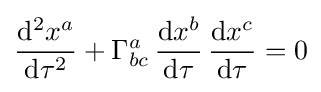
{\frac {\mathrm {d} ^{2}x^{a}}{\mathrm {d} \tau ^{2}}}+\Gamma _{bc}^{a}\,{\frac {\mathrm {d} x^{b}}{\mathrm {d} \tau }}\,{\frac {\mathrm {d} x^{c}}{\mathrm {d} \tau }}=0